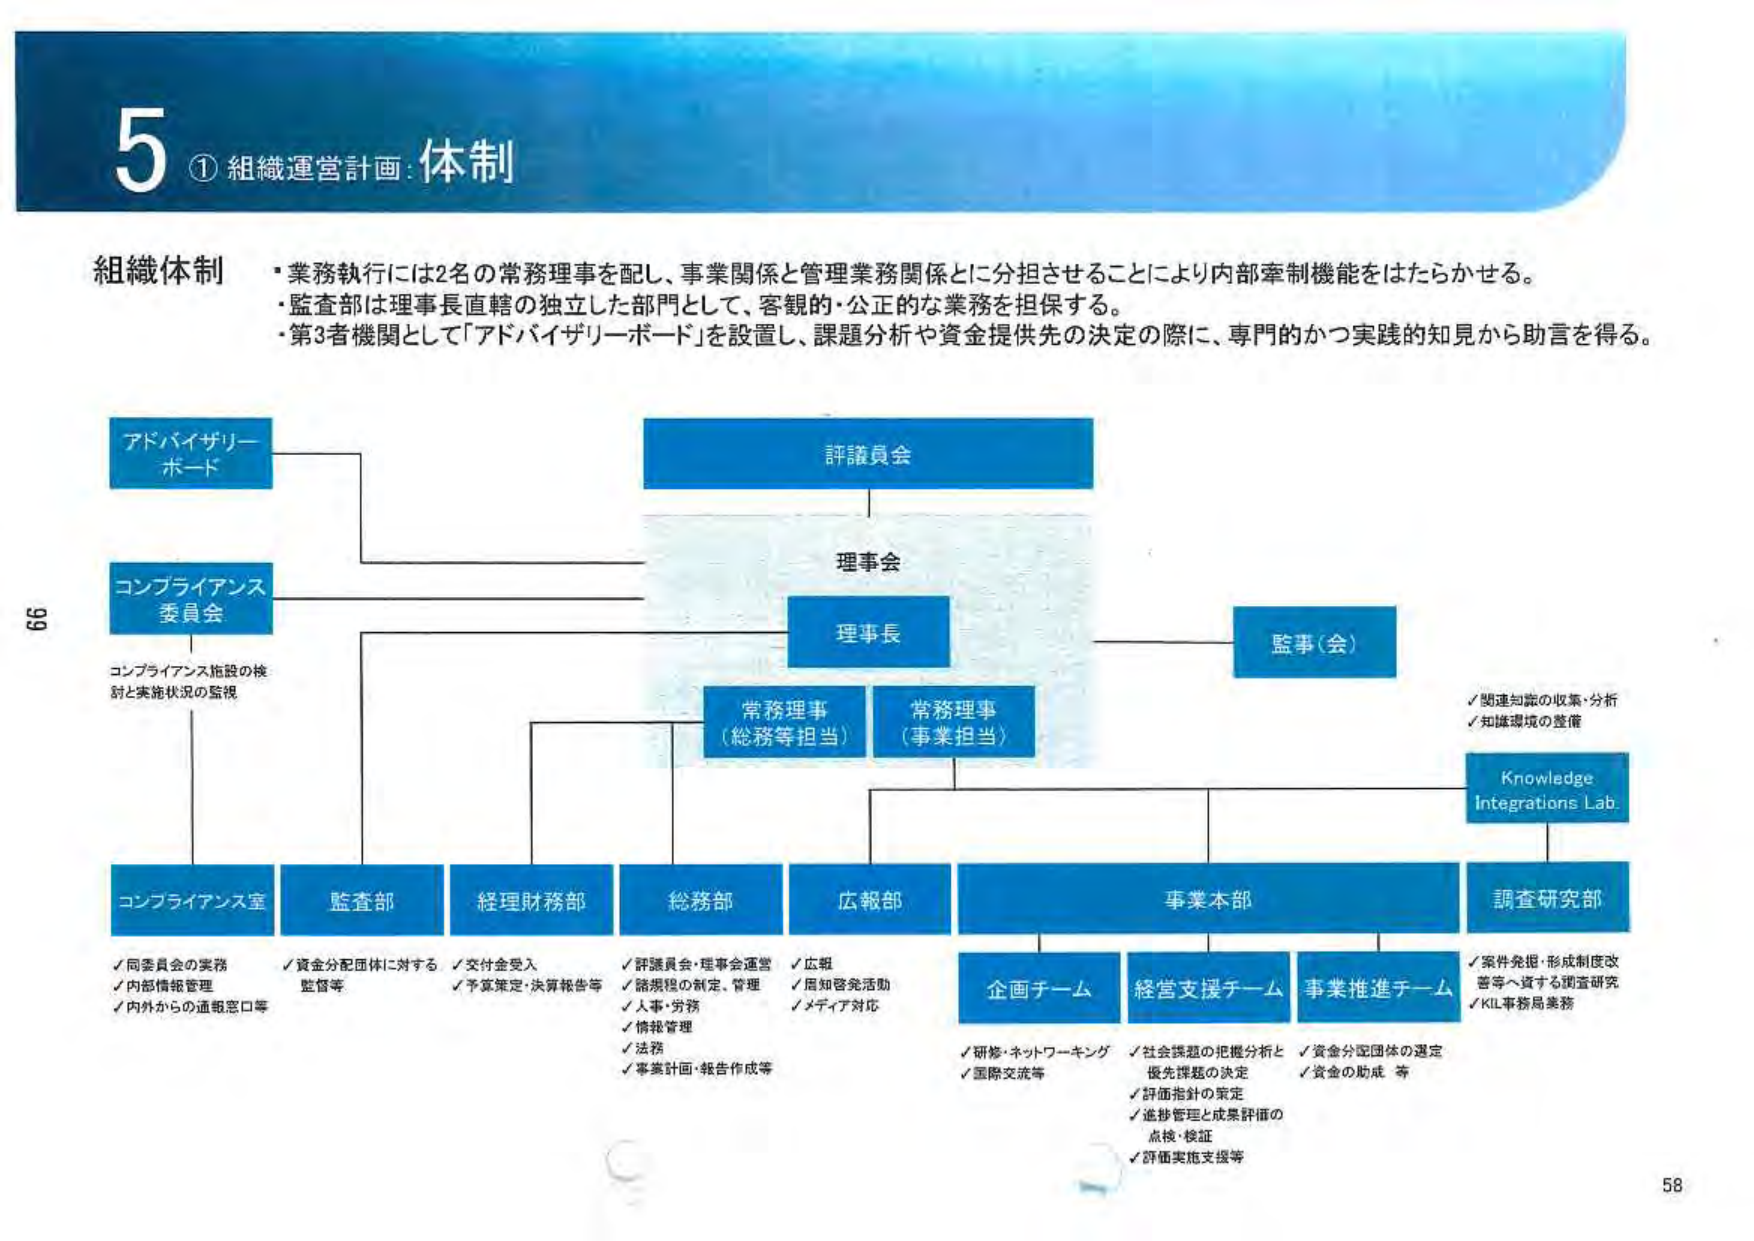
5 ① 組織運営計画：体制

組織体制
・業務執行には2名の常務理事を配し、事業関係と管理業務関係とに分担させることにより内部牽制機能をはたらかせる。
・監査部は理事長直轄の独立した部門として、客観的・公正的な業務を担保する。
・第3者機関として「アドバイザリーボード」を設置し、課題分析や資金提供先の決定の際に、専門的かつ実践的知見から助言を得る。

アドバイザリーボード
コンプライアンス委員会
コンプライアンス施設の検討と実施状況の監視

評議員会
理事会
理事長
常務理事（総務等担当）
常務理事（事業担当）
監事（会）

Knowledge Integrations Lab
✓ 関連知識の収集・分析
✓ 知識環境の整備

コンプライアンス室
✓ 同委員会の実務
✓ 内部情報管理
✓ 内外からの通報窓口等

監査部
✓ 資金分配団体に対する監督等

経理財務部
✓ 交付金受入
✓ 予算策定・決算報告等

総務部
✓ 評議員会・理事会運営
✓ 諸規程の制定、管理
✓ 人事・労務
✓ 情報管理
✓ 法務
✓ 事業計画・報告作成等

広報部
✓ 広報
✓ 用知啓発活動
✓ メディア対応

事業本部
企画チーム
✓ 研修・ネットワーキング
✓ 国際交流等

経営支援チーム
✓ 社会課題の把握分析と優先課題の決定
✓ 評価指針の策定
✓ 進捗管理と成果評価の点検・検証
✓ 評価実施支援等

事業推進チーム
✓ 資金分配団体の選定
✓ 資金の助成 等

調査研究部
✓ 案件発掘・形成制度改善等へ資する調査研究
✓ KIL事務局業務

99
58